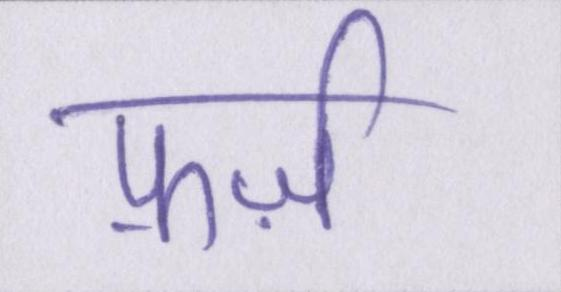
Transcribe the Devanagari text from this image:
फ़र्ज़